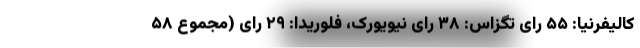
کالیفرنیا: ۵۵ رای تگزاس: ۳۸ رای نیویورک، فلوریدا: ۲۹ رای (مجموع ۵۸